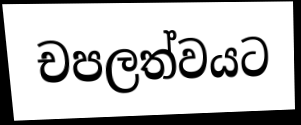
චපලත්වයට